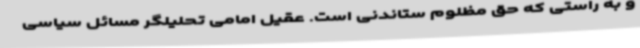
و به راستی که حق مظلوم ستاندنی است. عقیل امامی تحلیلگر مسائل سیاسی